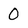
Character: O